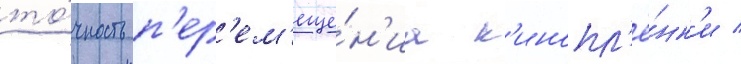
то́чность п'ер'ем'еще́н'иа к'инопл'ё́нк'и /